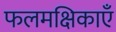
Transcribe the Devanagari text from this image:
फलमक्षिकाएँ